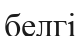
белгі